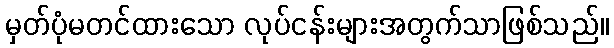
မှတ်ပုံမတင်ထားသော လုပ်ငန်းများအတွက်သာဖြစ်သည်။